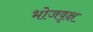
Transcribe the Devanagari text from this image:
भोजवृक्ष